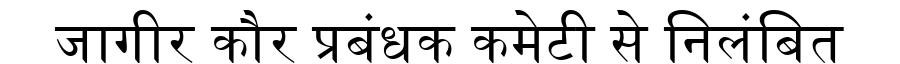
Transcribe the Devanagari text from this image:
जागीर कौर प्रबंधक कमेटी से निलंबित